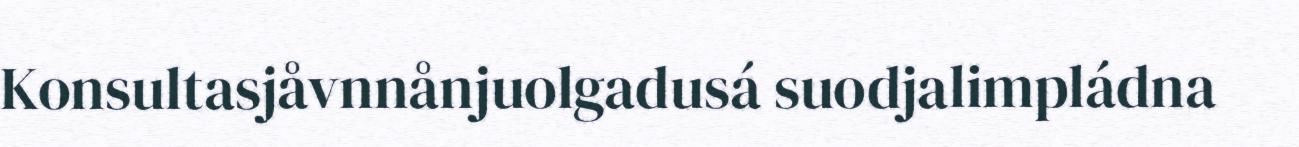
Konsultasjåvnnånjuolgadusá suodjalimpládna